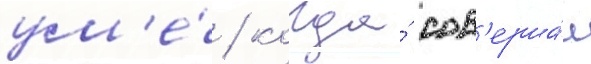
ум'е́ / когда́ сов'ерша́л